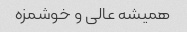
همیشه عالی و خوشمزه